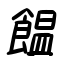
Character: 饂